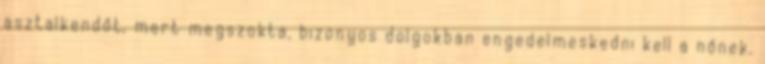
asztalkendőt, mert megszokta, bizonyos dolgokban engedelmeskedni kell a nőnek.